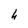
Character: h